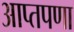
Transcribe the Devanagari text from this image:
आप्तपणा